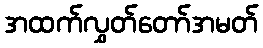
အထက်လွှတ်တော်အမတ်